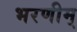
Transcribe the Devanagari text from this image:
भरणीम्